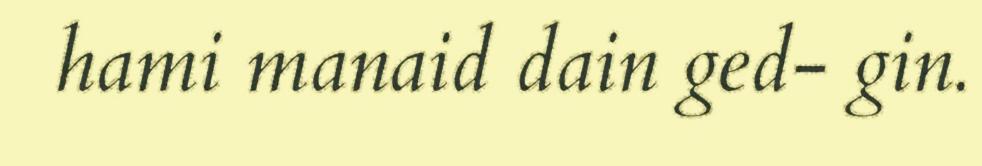
hami manaid dain ged- gin.